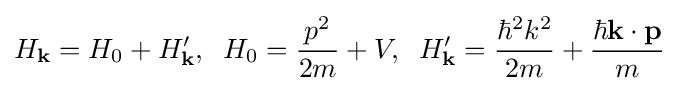
H_{\mathbf {k} }=H_{0}+H_{\mathbf {k} }',\;\;H_{0}={\frac {p^{2}}{2m}}+V,\;\;H_{\mathbf {k} }'={\frac {\hbar ^{2}k^{2}}{2m}}+{\frac {\hbar \mathbf {k} \cdot \mathbf {p} }{m}}